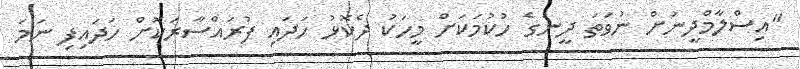
"އިސްލާމްދީނަށް ނުވަތަ ދީނުގެ ހުކުމަކަށް މީހަކު ދެކޮޅު ހަދައި ފުރައްސާރަކޮށް ހަދައިފި ނަމަ